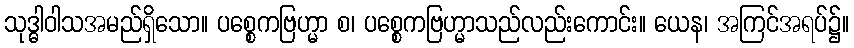
သုဒ္ဓါဝါသအမည်ရှိသော။ ပစ္စေကဗြဟ္မာ စ၊ ပစ္စေကဗြဟ္မာသည်လည်းကောင်း။ ယေန၊ အကြင်အရပ်၌။